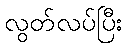
လွတ်လပ်ပြီး